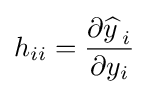
h_{ii}={\frac {\partial {\widehat {y\,}}_{i}}{\partial y_{i}}}